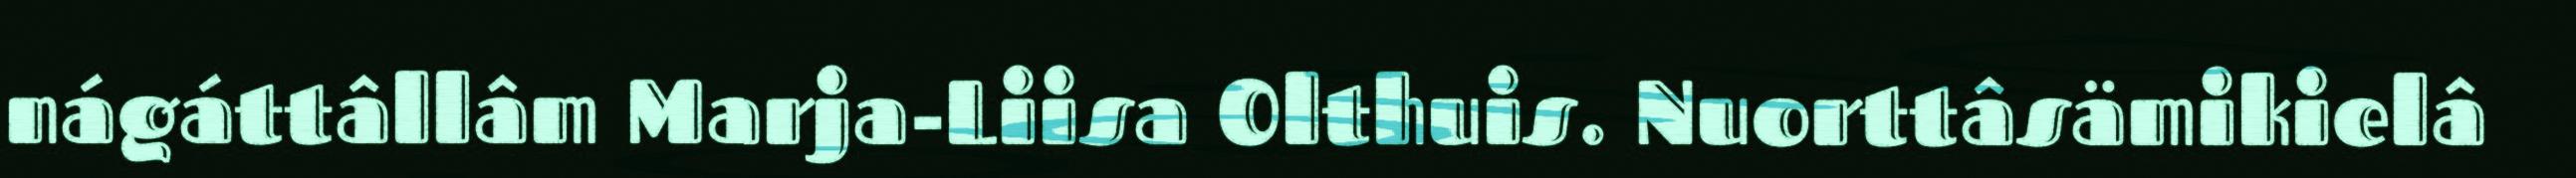
nágáttâllâm Marja-Liisa Olthuis. Nuorttâsämikielâ